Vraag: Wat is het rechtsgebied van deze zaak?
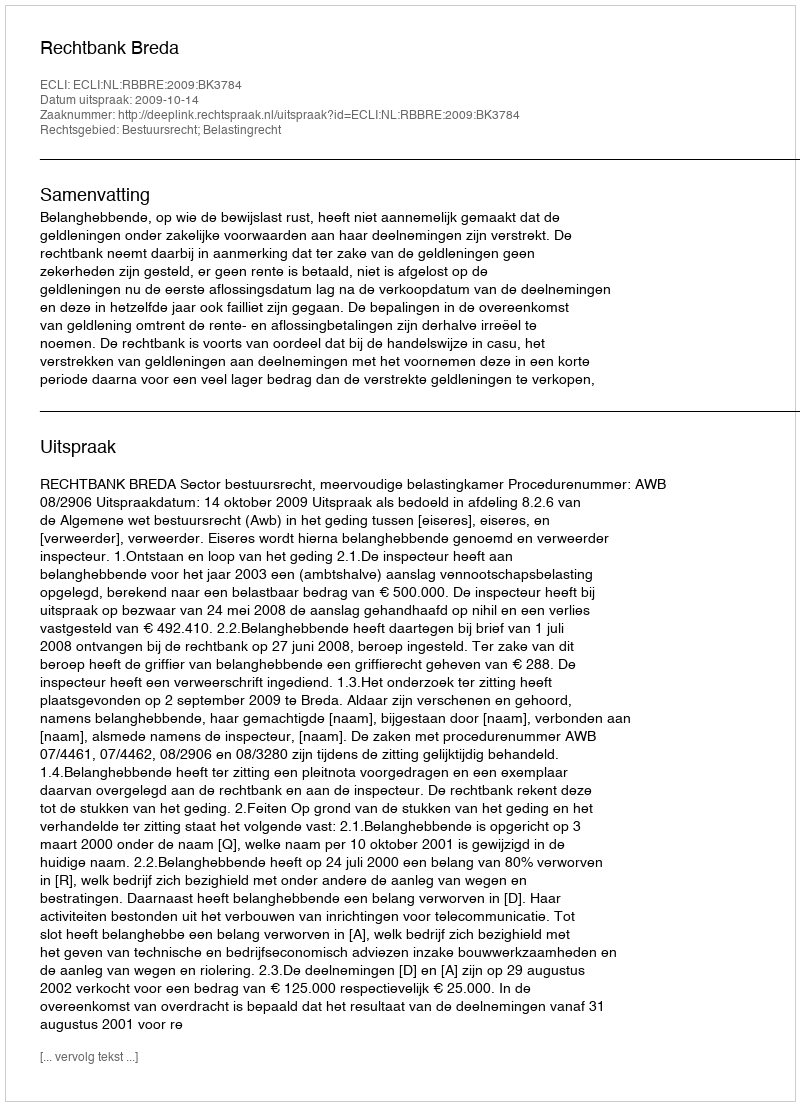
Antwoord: Bestuursrecht; Belastingrecht